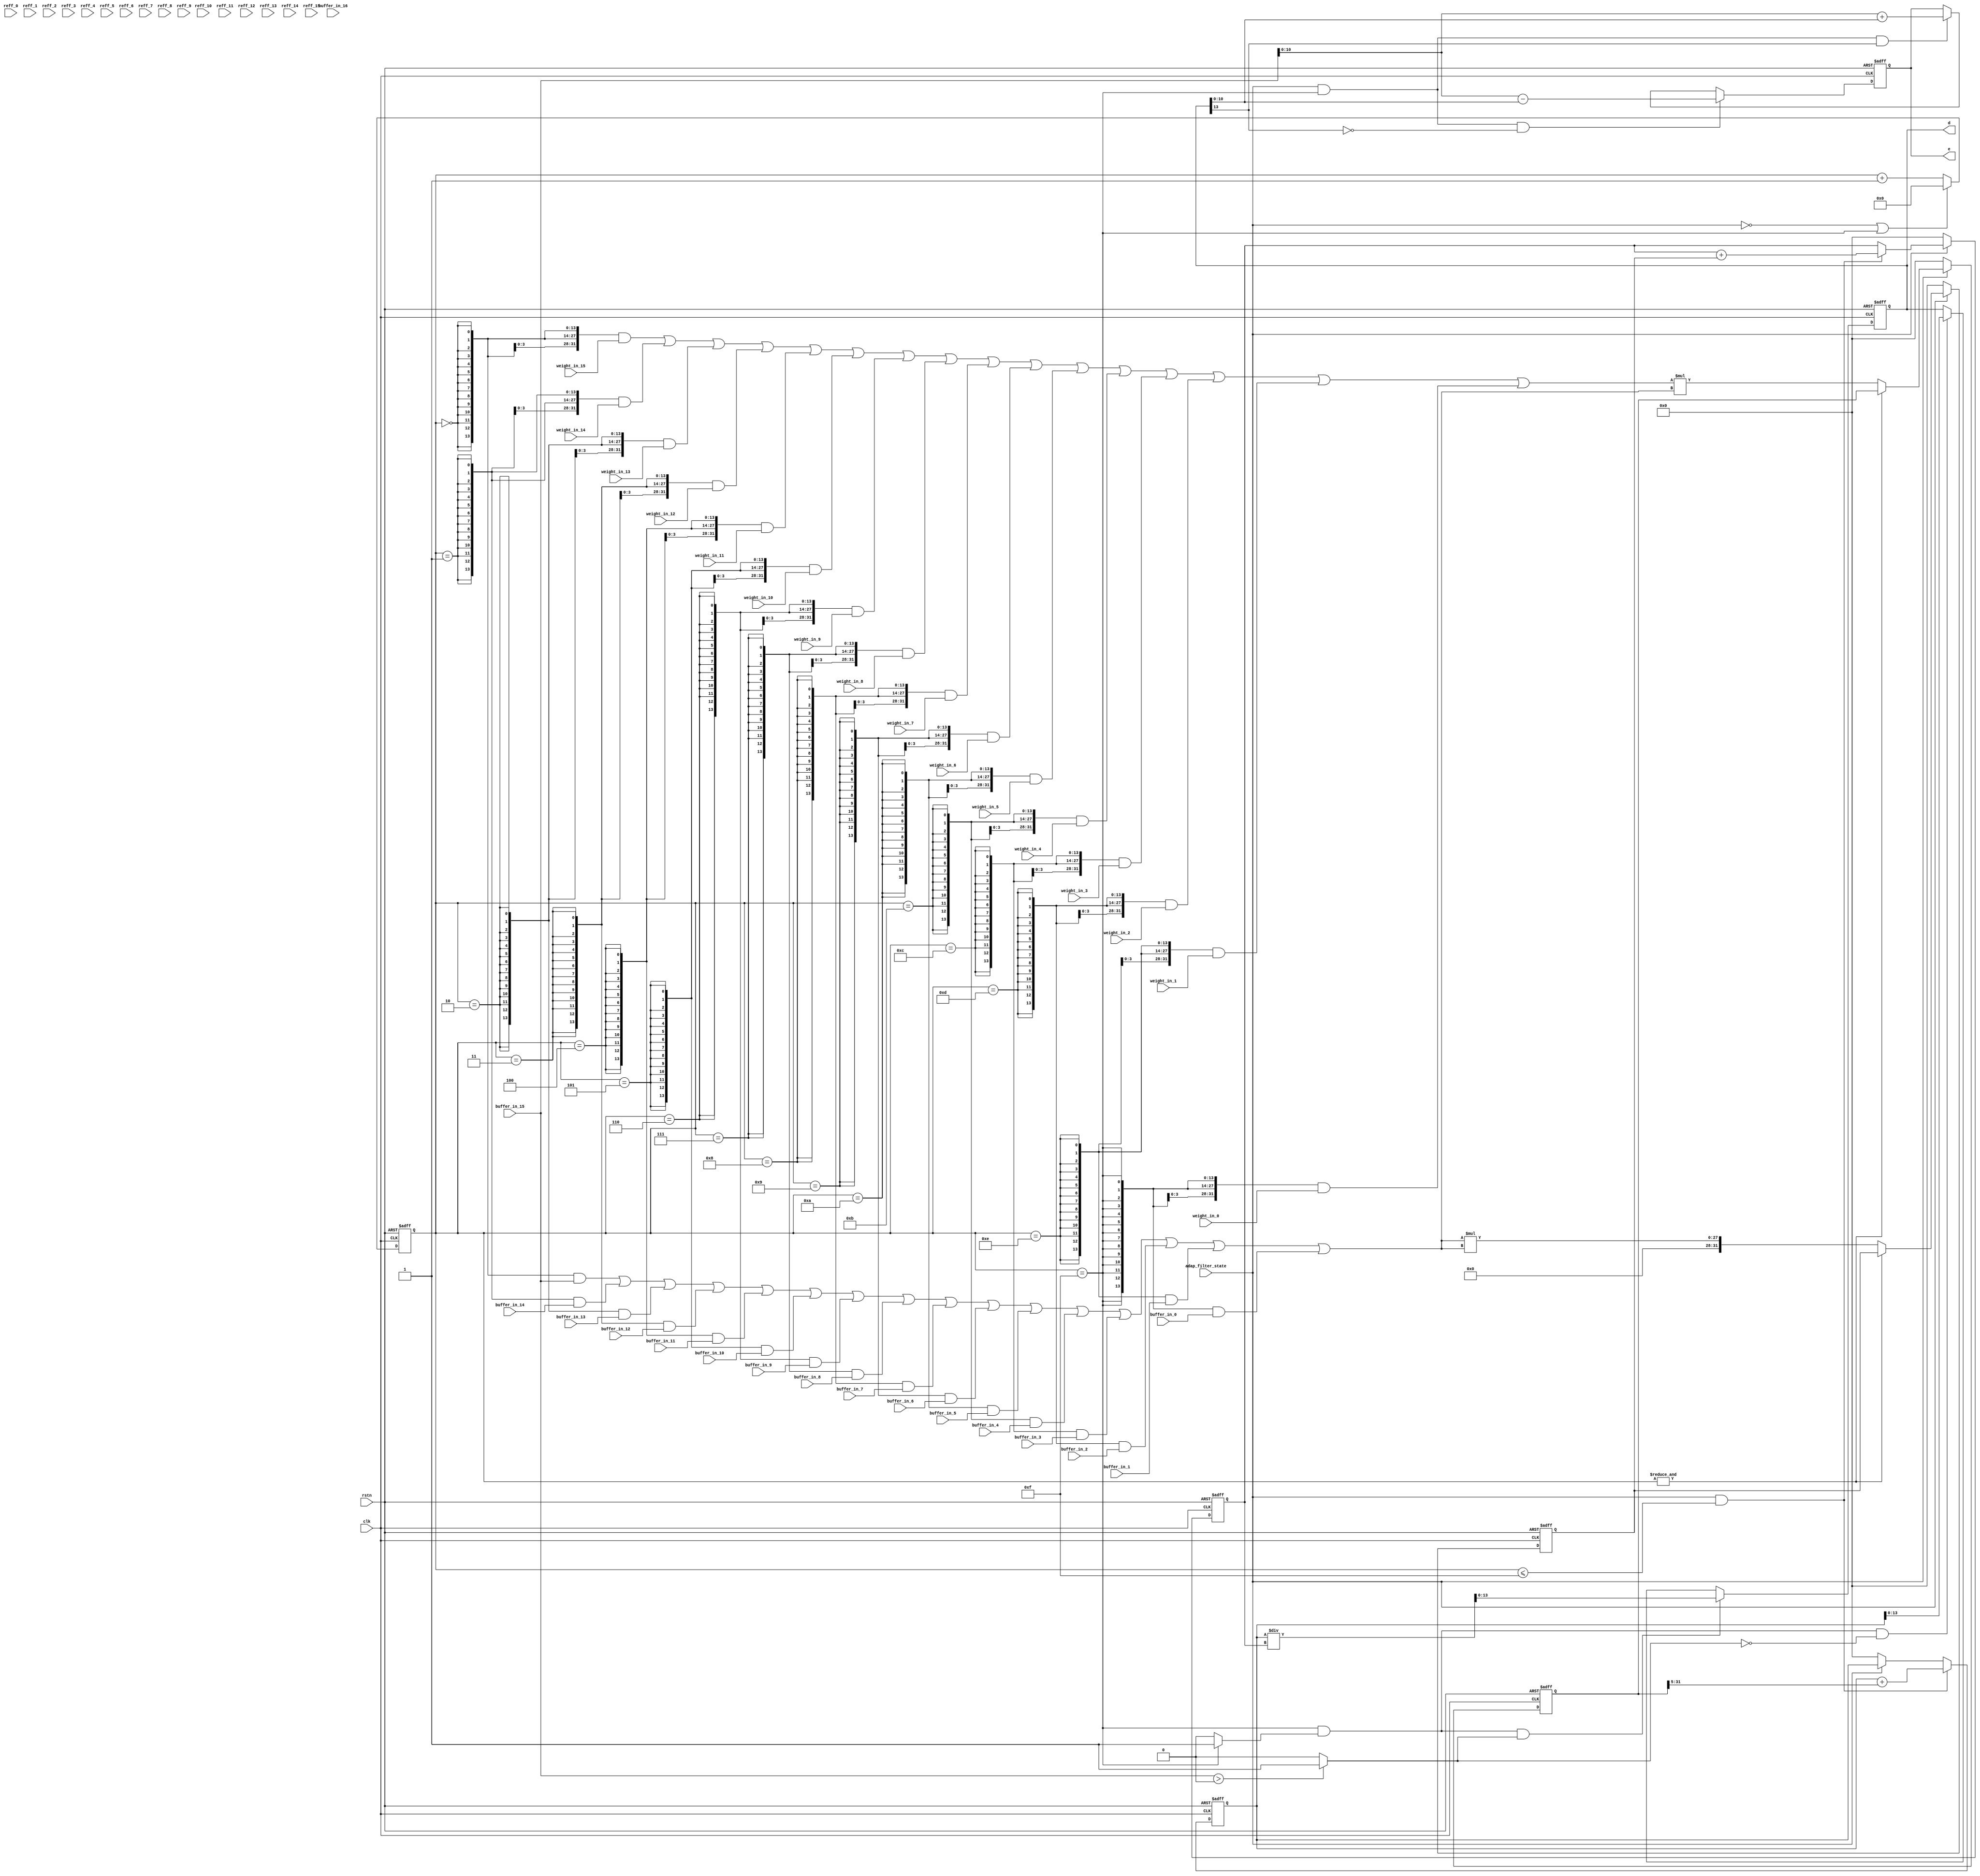
`timescale 1ns/1ps
module adaptive_filter(adap_filter_state, rstn, clk, reff_0, reff_1, reff_2, reff_3, reff_4, reff_5, reff_6, reff_7, reff_8, reff_9, reff_10, reff_11, reff_12, reff_13, reff_14, reff_15, buffer_in_0, buffer_in_1, buffer_in_2, buffer_in_3, buffer_in_4, buffer_in_5, buffer_in_6, buffer_in_7, buffer_in_8, buffer_in_9, buffer_in_10, buffer_in_11, buffer_in_12, buffer_in_13, buffer_in_14, buffer_in_15, buffer_in_16, weight_in_0, weight_in_1, weight_in_2, weight_in_3, weight_in_4, weight_in_5, weight_in_6, weight_in_7, weight_in_8, weight_in_9, weight_in_10, weight_in_11, weight_in_12, weight_in_13, weight_in_14, weight_in_15, d, e);
input rstn, clk, adap_filter_state;

input [13:0] reff_0;
input [13:0] reff_1;
input [13:0] reff_2;
input [13:0] reff_3;
input [13:0] reff_4;
input [13:0] reff_5;
input [13:0] reff_6;
input [13:0] reff_7;
input [13:0] reff_8;
input [13:0] reff_9;
input [13:0] reff_10;
input [13:0] reff_11;
input [13:0] reff_12;
input [13:0] reff_13;
input [13:0] reff_14;
input [13:0] reff_15;

input [13:0] buffer_in_0;
input [13:0] buffer_in_1;
input [13:0] buffer_in_2;
input [13:0] buffer_in_3;
input [13:0] buffer_in_4;
input [13:0] buffer_in_5;
input [13:0] buffer_in_6;
input [13:0] buffer_in_7;
input [13:0] buffer_in_8;
input [13:0] buffer_in_9;
input [13:0] buffer_in_10;
input [13:0] buffer_in_11;
input [13:0] buffer_in_12;
input [13:0] buffer_in_13;
input [13:0] buffer_in_14;
input [13:0] buffer_in_15;
input [13:0] buffer_in_16;

input [31:0] weight_in_0;
input [31:0] weight_in_1;
input [31:0] weight_in_2;
input [31:0] weight_in_3;
input [31:0] weight_in_4;
input [31:0] weight_in_5;
input [31:0] weight_in_6;
input [31:0] weight_in_7;
input [31:0] weight_in_8;
input [31:0] weight_in_9;
input [31:0] weight_in_10;
input [31:0] weight_in_11;
input [31:0] weight_in_12;
input [31:0] weight_in_13;
input [31:0] weight_in_14;
input [31:0] weight_in_15;
/*
wire [13:0] Shift_out_0;
wire [13:0] Shift_out_1;
wire [13:0] Shift_out_2;
wire [13:0] Shift_out_3;
wire [13:0] Shift_out_4;
wire [13:0] Shift_out_5;
wire [13:0] Shift_out_6;
wire [13:0] Shift_out_7;
wire [13:0] Shift_out_8;
wire [13:0] Shift_out_9;
wire [13:0] Shift_out_10;
wire [13:0] Shift_out_11;
wire [13:0] Shift_out_12;
wire [13:0] Shift_out_13;
wire [13:0] Shift_out_14;
wire [13:0] Shift_out_15;
*/
output reg [10:0] e;   
output reg [13:0] d ;   
//parameter usize = 25;
reg [31:0] dreg;
reg [31:0] rreg;
reg [4:0]counter;
//reg [4:0]counter1;
//********************** Counter ***********************//
always@(negedge clk or negedge rstn)
begin
if (rstn == 0)
	counter <= #2   5'd0;
else if (adap_filter_state == 1'b0 | counter == 5'd15)
	counter <= #2   5'd0;	
else
	counter <= #2  counter + 1'd1;
end



wire flag_15;
wire flag_n;
assign flag_15 = (counter == 5'd15) ? 1'd1 : 1'd0;
assign flag_n = (buffer_in_15 > 32'b0 )?1'd1 :1'd0;
/*
always@(posedge flag_15 or negedge rstn)
begin
if (rstn == 0)
	counter1 <= #2   5'd0;
else if (counter1<15)
	counter1 <= #2  counter1 + 1'd1;	
else
	counter1 <= #2  counter1;
end
*/




//********************** MUX ***********************//	
wire [13:0] reff;
wire [31:0] weight_in;
	
assign reff =   {14{(counter == 5'd0)}} & buffer_in_15|
		{14{(counter == 5'd1)}} & buffer_in_14 |
		{14{(counter == 5'd2)}} & buffer_in_13 |		
		{14{(counter == 5'd3)}} & buffer_in_12 |
		{14{(counter == 5'd4)}} & buffer_in_11 |
		{14{(counter == 5'd5)}} & buffer_in_10 |		
		{14{(counter == 5'd6)}} & buffer_in_9 |	
		{14{(counter == 5'd7)}} & buffer_in_8 |
		{14{(counter == 5'd8)}} & buffer_in_7 |		
		{14{(counter == 5'd9)}} & buffer_in_6|
		{14{(counter == 5'd10)}} & buffer_in_5 |
		{14{(counter == 5'd11)}} & buffer_in_4 |		
		{14{(counter == 5'd12)}} & buffer_in_3 |			
		{14{(counter == 5'd13)}} & buffer_in_2 |
		{14{(counter == 5'd14)}} & buffer_in_1 |
		{14{(counter == 5'd15)}} & buffer_in_0 ;
		
assign weight_in =      {32{(counter == 5'd0)}} & weight_in_15 |
			{32{(counter == 5'd1)}} & weight_in_14 |
			{32{(counter == 5'd2)}} & weight_in_13 |		
			{32{(counter == 5'd3)}} & weight_in_12 |
			{32{(counter == 5'd4)}} & weight_in_11 |
			{32{(counter == 5'd5)}} & weight_in_10 |		
			{32{(counter == 5'd6)}} & weight_in_9 |	
			{32{(counter == 5'd7)}} & weight_in_8 |
			{32{(counter == 5'd8)}} & weight_in_7 |		
			{32{(counter == 5'd9)}} & weight_in_6 |
			{32{(counter == 5'd10)}} & weight_in_5 |
			{32{(counter == 5'd11)}} & weight_in_4 |		
			{32{(counter == 5'd12)}} & weight_in_3 |			
			{32{(counter == 5'd13)}} & weight_in_2 |
			{32{(counter == 5'd14)}} & weight_in_1 |		
			{32{(counter == 5'd15)}} & weight_in_0 ;		

//********************** DSP ***********************//
// dsp_result,OK----------------------
reg [31:0] multiple;
//reg [31:0] dsp_result;
wire counter_flag;
//reg [31:0] sum;
reg [31:0] nref;

//assign nref = {17'd0, reff} * {17'd0, reff};
//assign sum = rreg + nref ;
//assign multiple = weight_in * {17'd0, reff};
//assign dsp_result = dreg + multiple[31:5];
assign counter_flag = ~(&counter);//0~14


always@(posedge clk or negedge rstn)
begin
if (rstn == 0)
	multiple <= #2  32'd0;
else if (adap_filter_state == 1'b0)
	multiple <= #2  32'd0;
else if (counter_flag == 1'd1)
	multiple <= #2  weight_in * {17'd0, reff};
else
	multiple <= #2  multiple;
end
always@(posedge clk or negedge rstn)
begin
if (rstn == 0)
	dreg <= #2  32'd0;
else if (adap_filter_state == 1'b1&&counter <= 5'd15)
	dreg <= #2  dreg + multiple[31:5];
else if (adap_filter_state == 1'b0)
	dreg <= #2  32'd0;
else
	dreg <= #2  dreg;
end
always@(posedge clk or negedge rstn)
begin
if (rstn == 0)
	nref <= #2  32'd0;
else if (adap_filter_state == 1'b0)
	nref <= #2  32'd0;
else if (counter_flag == 1'd1)
	nref <= #2 {17'd0, reff} * {17'd0, reff};
else
	nref <= #2  nref;
end
always@(posedge clk or negedge rstn)
begin
if (rstn == 0)
	rreg <= #2  32'd0;
else if (adap_filter_state == 1'b0)
	rreg <= #2  32'd0;
else if (adap_filter_state == 1'b1&&counter <= 5'd15)
	rreg <= #2  rreg + nref ;
else
	rreg <= #2  rreg;
end

/*

always@(posedge clk or negedge rstn)
begin
if (rstn == 0)
	rreg <= #2  14'd0;
else if (adap_filter_state == 1'b0)
	rreg <= #2  14'd0;
else if (counter_flag == 1'd1)
	rreg <= #2  sum;
else
	rreg <= #2  rreg;
end
*/
/*
always@(posedge clk or negedge rstn)
begin
if (rstn == 0)
	dreg <= #2  32'd0;
else if (adap_filter_state == 1'b0)
	dreg <= #2  32'd0;
else if (counter_flag == 1'd1)
	dreg <= #2  dsp_result;
else
	dreg <= #2  dreg;
end
*/
/*
always@(posedge clk or negedge rstn)
begin
if (rstn == 0)
	dreg <= #2  14'd000;
else if (adap_filter_state == 1'b0)
	dreg <= #2  14'd000;
else if (counter == 5'd0)
	dreg <= #2  dreg + weight_in_0 * reff_0;
else if (counter == 5'd1)
	dreg <= #2  dreg + Shift_out_1;
else if (counter == 5'd2)
	dreg <= #2  dreg + Shift_out_2;
else if (counter == 5'd3)
	dreg <= #2  dreg + Shift_out_3;
else if (counter == 5'd4)
	dreg <= #2  dreg + Shift_out_4;
else if (counter == 5'd5)
	dreg <= #2  dreg + Shift_out_5;
else if (counter == 5'd6)
	dreg <= #2  dreg + Shift_out_6;
else if (counter == 5'd7)
	dreg <= #2  dreg + Shift_out_7;
else if (counter == 5'd8)
	dreg <= #2  dreg + Shift_out_8;
else if (counter == 5'd9)
	dreg <= #2  dreg + Shift_out_9;
else if (counter == 5'd10)
	dreg <= #2  dreg + Shift_out_10;
else if (counter == 5'd11)
	dreg <= #2  dreg + Shift_out_11;
else if (counter == 5'd12)
	dreg <= #2  dreg + Shift_out_12;
else if (counter == 5'd13)
	dreg <= #2  dreg + Shift_out_13;
else if (counter == 5'd14)
	dreg <= #2  dreg + Shift_out_14;
else
	dreg <= #2  dreg;
end    
*/
/*
always@(posedge clk or negedge rstn)
begin
if(rstn==0)
	n <= 14'd0;	
else if (counter == 5'd15)
	n <= #2  sum  ;
else
	n <= #2 n;
end
*/
always@(posedge clk or negedge rstn)
begin
if(rstn==0)
	d <= 14'd0;	
else if (counter == 5'd15&&flag_15==1&&flag_n==1)
	d <= #2  dreg/rreg;
else if (counter == 5'd15&&flag_15==1&&flag_n==0)
	d <= #2  dreg;

else
	d <= #2 d;
end

always@(negedge clk or negedge rstn)
begin
if (rstn == 0)
	e <= #2  14'd0;
else if (adap_filter_state == 1'b1 && counter == 5'd15 && d[13] == 0)
	e <= #2  buffer_in_15 - d;	
else if (adap_filter_state == 1'b1 && counter == 5'd15 && d[13] == 1)
	e <= #2  buffer_in_15 + d;	
else
	e <= #2  e;

end


//********************** Multiple ***********************//
/*
wire [44:0] mux1_0;
wire [44:0] mux1_1;
wire [44:0] mux1_2;
wire [44:0] mux1_3;
wire [44:0] mux1_4;
wire [44:0] mux1_5;
wire [44:0] mux1_6;
wire [44:0] mux1_7;
wire [44:0] mux1_8;
wire [44:0] mux1_9;
wire [44:0] mux1_10;
wire [44:0] mux1_11;
wire [44:0] mux1_12;
wire [44:0] mux1_13;
wire [44:0] mux1_14;
wire [44:0] mux1_15;
assign mux1_0 = weight_in_0 * reff_0;
assign mux1_1 = weight_in_1 * reff_1;
assign mux1_2 = weight_in_2 * reff_2;
assign mux1_3 = weight_in_3 * reff_3;
assign mux1_4 = weight_in_4 * reff_4;
assign mux1_5 = weight_in_5 * reff_5;
assign mux1_6 = weight_in_6 * reff_6;
assign mux1_7 = weight_in_7 * reff_7;
assign mux1_8 = weight_in_8 * reff_8;
assign mux1_9 = weight_in_9 * reff_9;
assign mux1_10 = weight_in_10 * reff_10;
assign mux1_11 = weight_in_11 * reff_11;
assign mux1_12 = weight_in_12 * reff_12;
assign mux1_13 = weight_in_13 * reff_13;
assign mux1_14 = weight_in_14 * reff_14;
assign mux1_15 = weight_in_15 * reff_15;


Shift Shift_0(.rstn(rstn), .clk(clk), .in(mux1_0), .out(Shift_out_0));
Shift Shift_1(.rstn(rstn), .clk(clk), .in(mux1_1), .out(Shift_out_1));
Shift Shift_2(.rstn(rstn), .clk(clk), .in(mux1_2), .out(Shift_out_2));
Shift Shift_3(.rstn(rstn), .clk(clk), .in(mux1_3), .out(Shift_out_3));
Shift Shift_4(.rstn(rstn), .clk(clk), .in(mux1_4), .out(Shift_out_4));
Shift Shift_5(.rstn(rstn), .clk(clk), .in(mux1_5), .out(Shift_out_5));
Shift Shift_6(.rstn(rstn), .clk(clk), .in(mux1_6), .out(Shift_out_6));
Shift Shift_7(.rstn(rstn), .clk(clk), .in(mux1_7), .out(Shift_out_7));
Shift Shift_8(.rstn(rstn), .clk(clk), .in(mux1_8), .out(Shift_out_8));
Shift Shift_9(.rstn(rstn), .clk(clk), .in(mux1_9), .out(Shift_out_9));
Shift Shift_10(.rstn(rstn), .clk(clk), .in(mux1_10), .out(Shift_out_10));
Shift Shift_11(.rstn(rstn), .clk(clk), .in(mux1_11), .out(Shift_out_11));
Shift Shift_12(.rstn(rstn), .clk(clk), .in(mux1_12), .out(Shift_out_12));
Shift Shift_13(.rstn(rstn), .clk(clk), .in(mux1_13), .out(Shift_out_13));
Shift Shift_14(.rstn(rstn), .clk(clk), .in(mux1_14), .out(Shift_out_14));
Shift Shift_15(.rstn(rstn), .clk(clk), .in(mux1_15), .out(Shift_out_15));
*/

/*
Shift Shift_0(.rstn(rstn), .clk(clk), .in(weight_in_0 * reff_0), .out(Shift_out_0));
Shift Shift_1(.rstn(rstn), .clk(clk), .in(weight_in_1 * reff_1), .out(Shift_out_1));
Shift Shift_2(.rstn(rstn), .clk(clk), .in(weight_in_2 * reff_2), .out(Shift_out_2));
Shift Shift_3(.rstn(rstn), .clk(clk), .in(weight_in_3 * reff_3), .out(Shift_out_3));
Shift Shift_4(.rstn(rstn), .clk(clk), .in(weight_in_4 * reff_4), .out(Shift_out_4));
Shift Shift_5(.rstn(rstn), .clk(clk), .in(weight_in_5 * reff_5), .out(Shift_out_5));
Shift Shift_6(.rstn(rstn), .clk(clk), .in(weight_in_6 * reff_6), .out(Shift_out_6));
Shift Shift_7(.rstn(rstn), .clk(clk), .in(weight_in_7 * reff_7), .out(Shift_out_7));
Shift Shift_8(.rstn(rstn), .clk(clk), .in(weight_in_8 * reff_8), .out(Shift_out_8));
Shift Shift_9(.rstn(rstn), .clk(clk), .in(weight_in_9 * reff_9), .out(Shift_out_9));
Shift Shift_10(.rstn(rstn), .clk(clk), .in(weight_in_10 * reff_10), .out(Shift_out_10));
Shift Shift_11(.rstn(rstn), .clk(clk), .in(weight_in_11 * reff_11), .out(Shift_out_11));
Shift Shift_12(.rstn(rstn), .clk(clk), .in(weight_in_12 * reff_12), .out(Shift_out_12));
Shift Shift_13(.rstn(rstn), .clk(clk), .in(weight_in_13 * reff_13), .out(Shift_out_13));
Shift Shift_14(.rstn(rstn), .clk(clk), .in(weight_in_14 * reff_14), .out(Shift_out_14));
Shift Shift_15(.rstn(rstn), .clk(clk), .in(weight_in_15 * reff_15), .out(Shift_out_15));
*/

    
endmodule